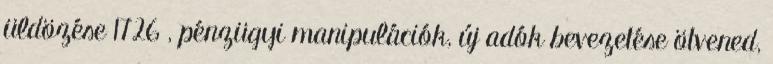
üldözése 1726 , pénzügyi manipulációk, új adók bevezetése ötvened,